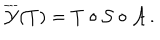
\overline { { { \cal Y } } } ( T ) = T \circ { \cal S } \circ { \cal A } \, .